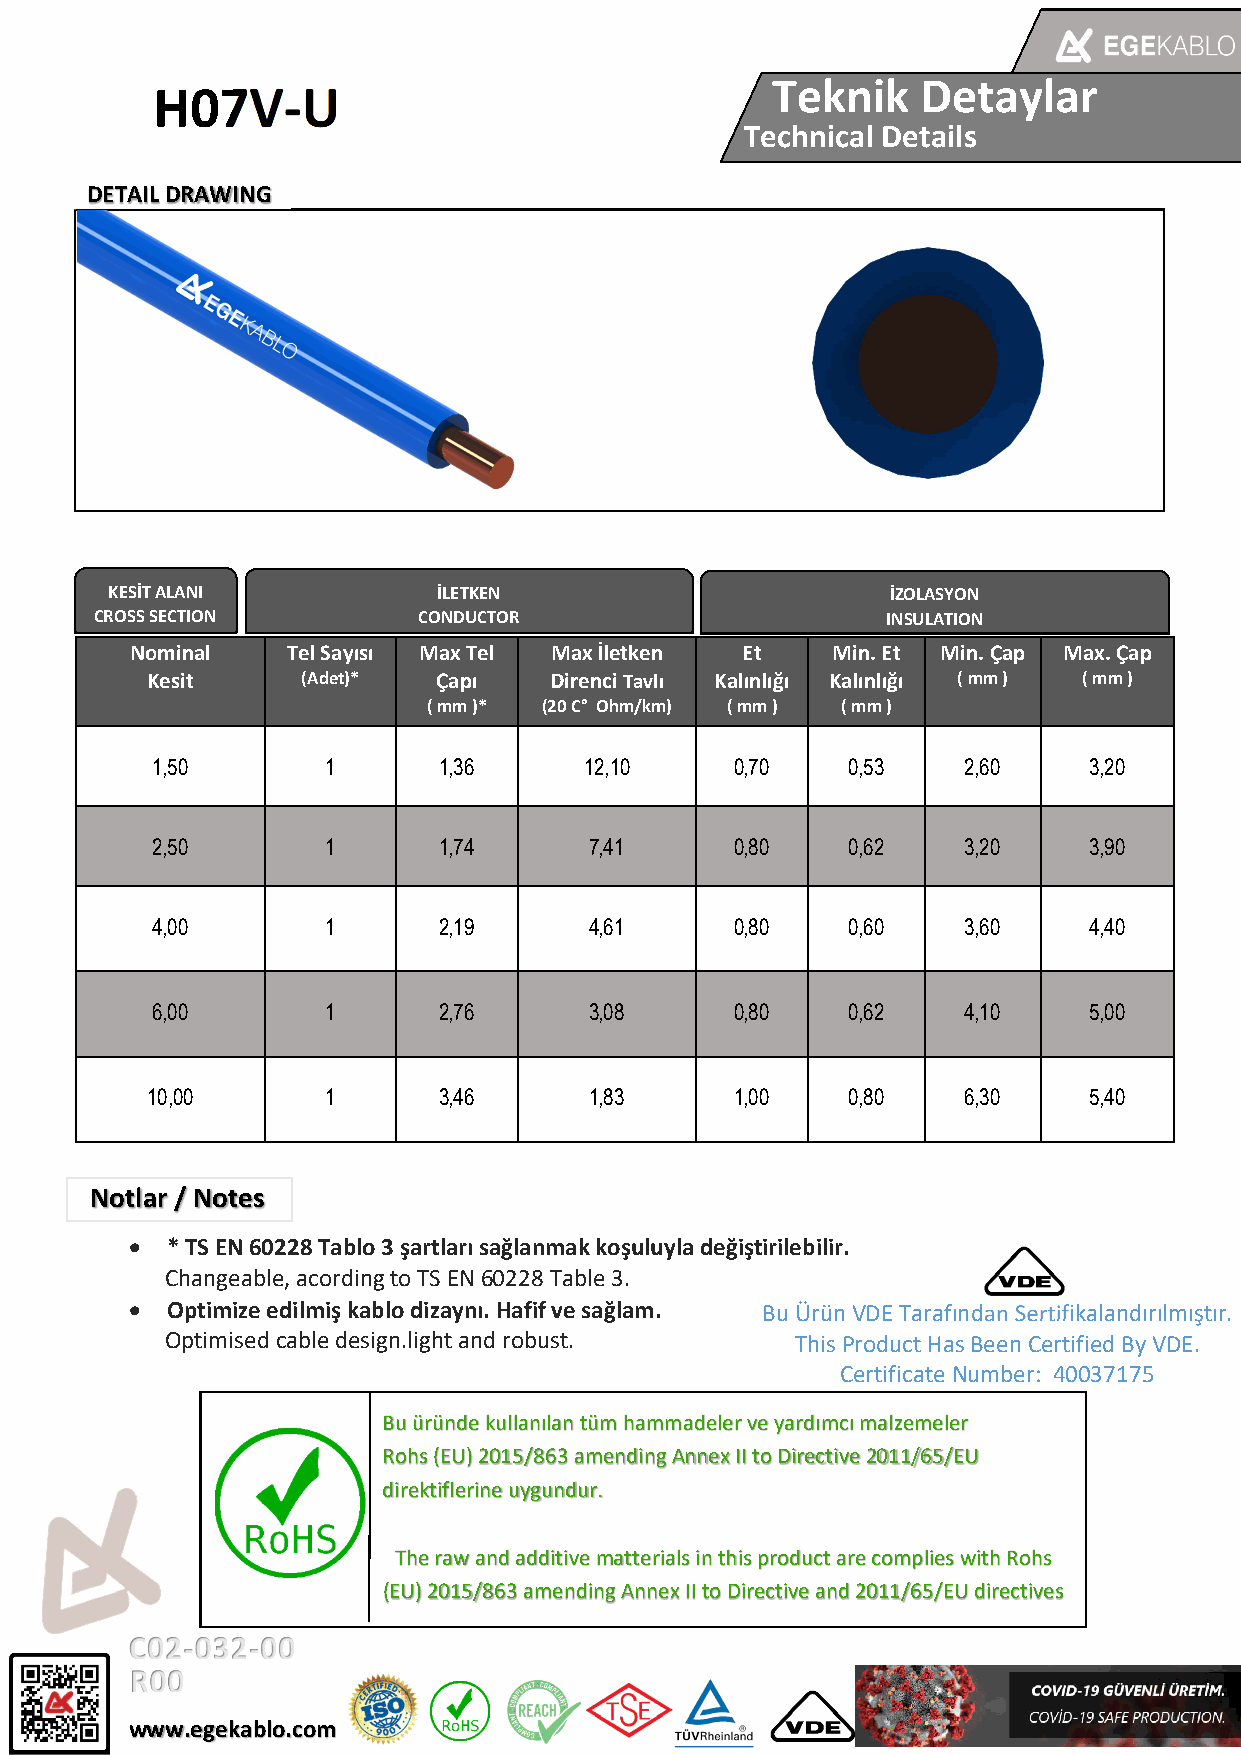
Teknik    Detaylar
 H07V‐U
 Technical Details
 DETAIL DRAWING
 KESİT ALANI           İLETKEN                       İZOLASYON
 CROSS SECTION         CONDUCTOR                      INSULATION
 Nominal   Tel Sayısı Max Tel Max İletken Et   Min. Et Min. Çap Max. Çap
 Kesit     (Adet)*  Çapı   Direnci Tavlı Kalınlığı Kalınlığı ( mm ) ( mm )
 ( mm )* (20 C° Ohm/km) ( mm ) ( mm )
 1,50        1      1,36      12,10     0,70   0,53    2,60    3,20
 2,50        1      1,74      7,41      0,80   0,62    3,20    3,90
 4,00        1      2,19      4,61      0,80   0,60    3,60    4,40
 6,00        1      2,76      3,08      0,80   0,62    4,10    5,00
 10,00       1      3,46      1,83      1,00   0,80    6,30    5,40
 Notlar / Notes
  * TS EN 60228 Tablo 3 şartları sağlanmak koşuluyla değiştirilebilir.
 Changeable, acording to TS EN 60228 Table 3.
  Optimize edilmiş kablo dizaynı. Hafif ve sağlam. Bu Ürün VDE Tarafından Sertifikalandırılmıştır.
 Optimised cable design.light and robust.  This Product Has Been Certified By VDE.
 Certificate Number: 40037175
 Bu üründe kullanılan tüm hammadeler ve yardımcı malzemeler
 Rohs (EU) 2015/863 amending Annex II to Directive 2011/65/EU
 direktiflerine uygundur.
 The raw and additive matterials in this product are complies with Rohs
 (EU) 2015/863 amending Annex II to Directive and 2011/65/EU directives
 C02‐032‐00
 R00
 www.egekablo.com